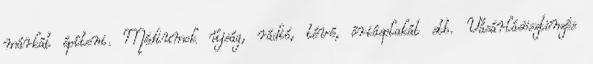
márkát építeni. Médiumok újság, rádió, tévé, óriásplakát stb. Vásárlásösztönzés